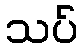
သပ်